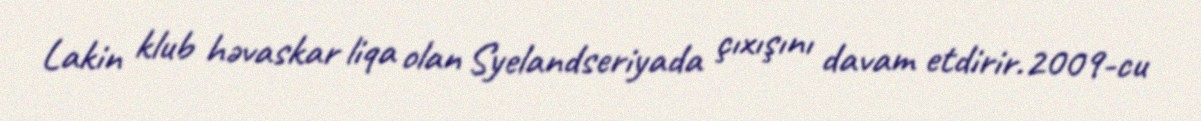
Lakin klub həvaskar liqa olan Syelandseriyada çıxışını davam etdirir.2009-cu